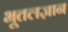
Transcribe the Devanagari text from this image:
भूतलज्ञान